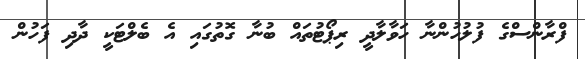
ފްރާންސްގެ ފުލުހުންނާ ހަވާލާދީ ރިޕޯޓުތައް ބުނާ ގޮތުގައި އެ ބެލްޓަކީ ދާދި ފަހުން